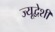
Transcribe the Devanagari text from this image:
ज्यूद्वेशी